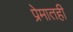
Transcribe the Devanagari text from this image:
प्रेमातही